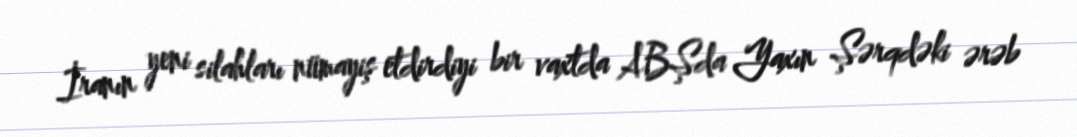
İranın yeni silahları nümayiş etdirdiyi bir vaxtda ABŞda Yaxın Şərqdəki ərəb